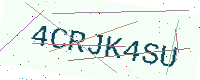
Text: 4CRJK4SU